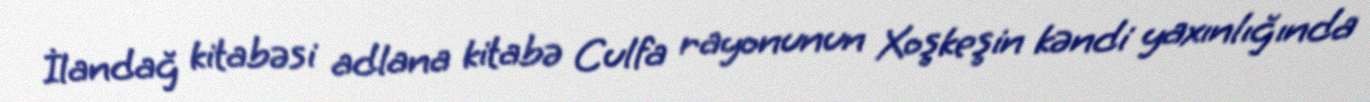
İlandağ kitabəsi adlana kitabə Culfa rayonunun Xoşkeşin kəndi yaxınlığında